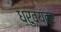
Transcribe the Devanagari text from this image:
ध्रुवयंत्र